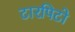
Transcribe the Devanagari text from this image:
टारपिटो